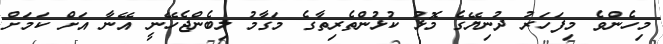
މިހެންވެ މިފަހަރު ދުނިޔޭގެ މޮޅު ކުޅުންތެރިތާގެ މަގާމު ލިބެންޖެހޭނީ އޭނާ އަށް ކަމަށް